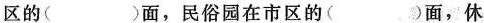
区的( )面，民俗园在市区的( )面，休